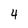
Character: 4